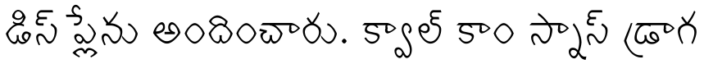
డిస్ ప్లేను అందించారు. క్వాల్ కాం స్నాప్ డ్రాగ